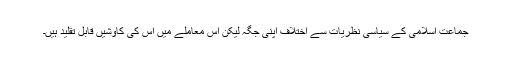
جماعت اسلامی کے سیاسی نظریات سے اختلاف اپنی جگہ لیکن اس معاملے میں اس کی کاوشیں قابل تقلید ہیں۔